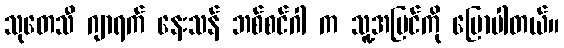
သုတေသီ ဂျာရက် နေးသန် ဘစ်စင်ဂါ က သူ့အမြင်ကို ပြောပါတယ်။